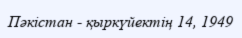
Пәкістан - қыркүйектің 14, 1949